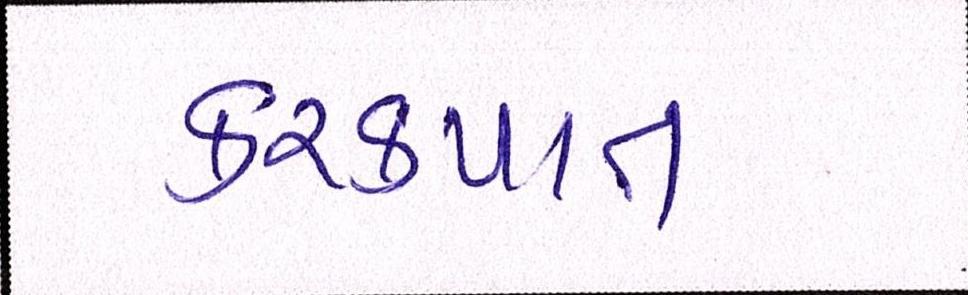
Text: કરકપાત